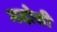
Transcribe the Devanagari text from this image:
मदोसी